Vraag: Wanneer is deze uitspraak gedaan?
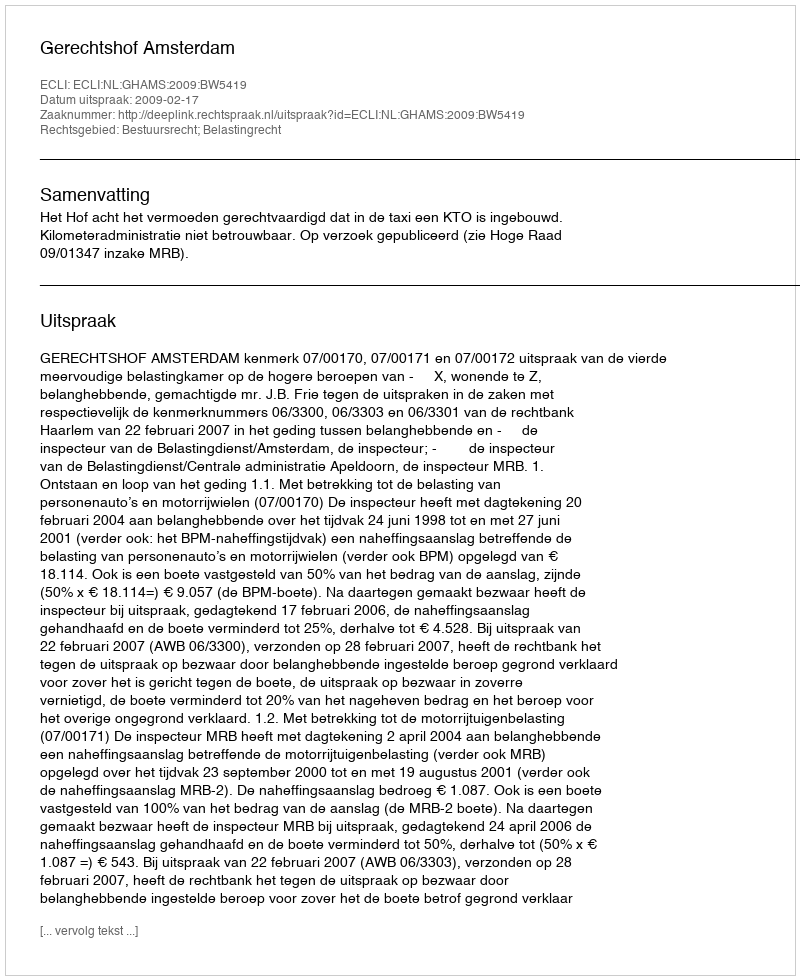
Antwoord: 2009-02-17